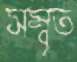
সম্বৃত